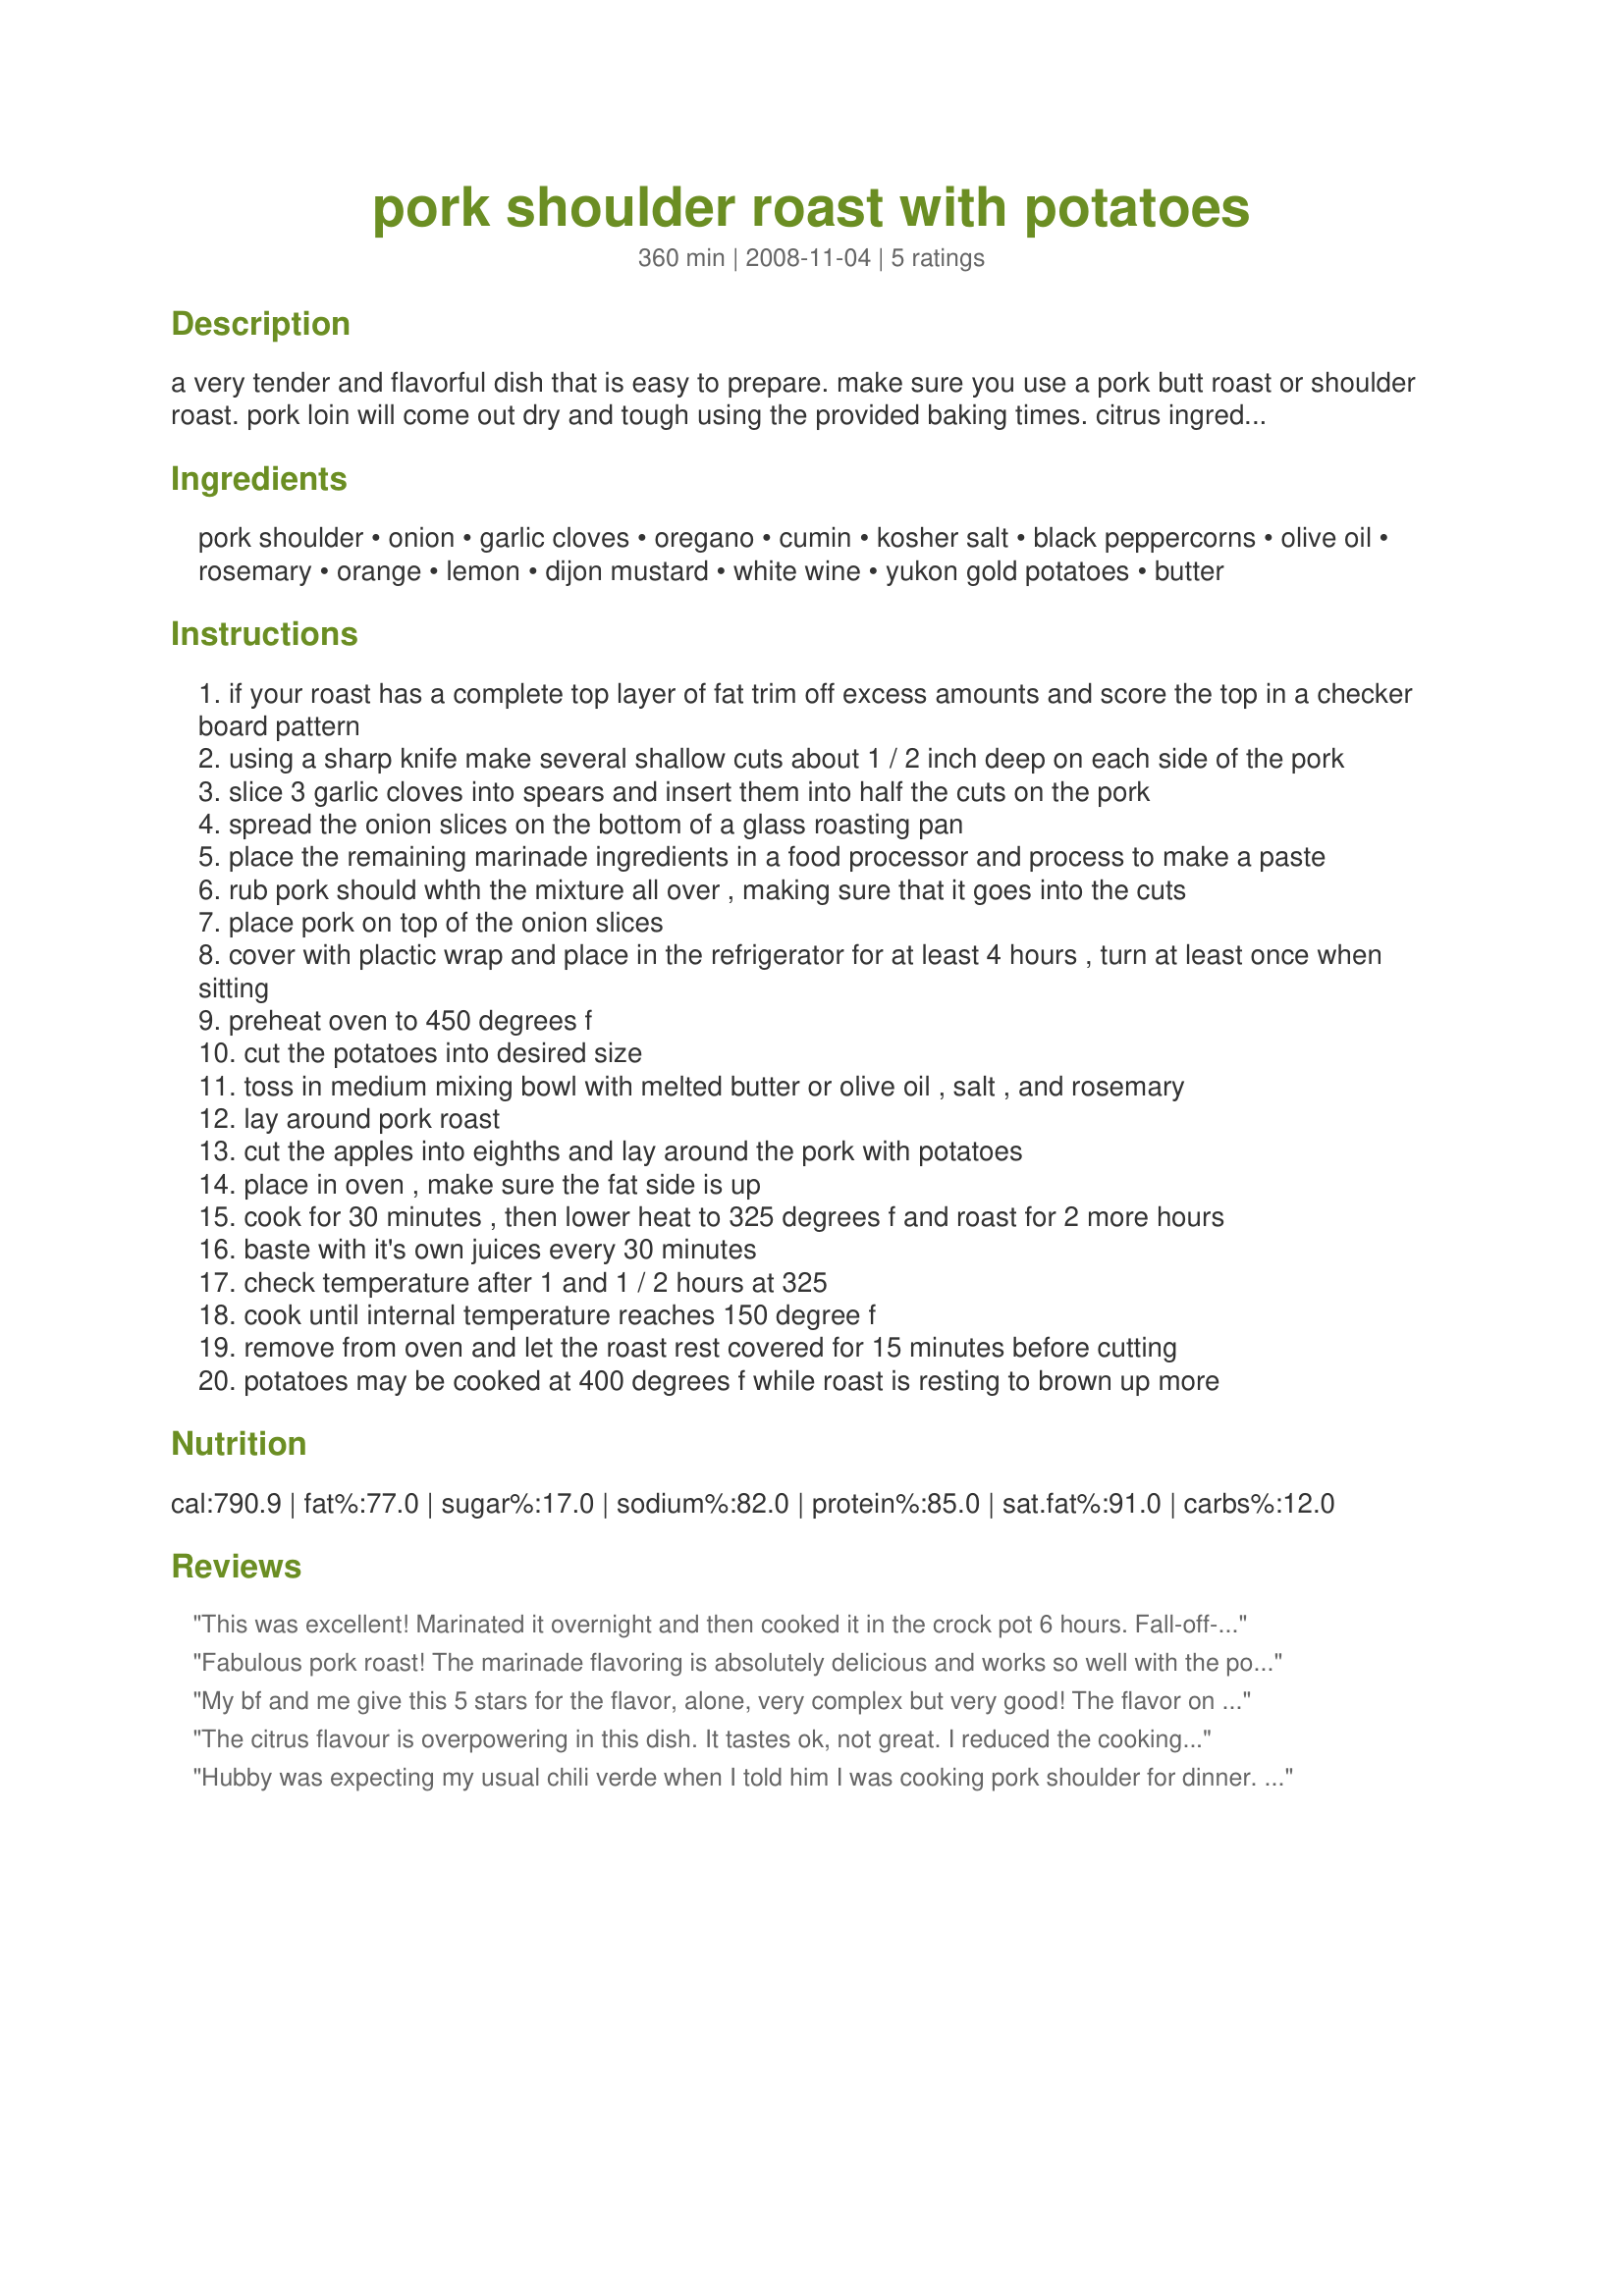
pork shoulder roast with potatoes
Preparation time: 360 minutes

a very tender and flavorful dish that is easy to prepare. make sure you use a pork butt roast or shoulder roast. pork loin will come out dry and tough using the provided baking times. citrus ingredients can be lowered for less citrus flavors.

Ingredients:
pork shoulder, onion, garlic cloves, oregano, cumin, kosher salt, black peppercorns, olive oil, rosemary, orange, lemon, dijon mustard, white wine, yukon gold potatoes, butter

Steps:
if your roast has a complete top layer of fat trim off excess amounts and score the top in a checker board pattern
using a sharp knife make several shallow cuts about 1 / 2 inch deep on each side of the pork
slice 3 garlic cloves into spears and insert them into half the cuts on the pork
spread the onion slices on the bottom of a glass roasting pan
place the remaining marinade ingredients in a food processor and process to make a paste
rub pork should whth the mixture all over , making sure that it goes into the cuts
place pork on top of the onion slices
cover with plactic wrap and place in the refrigerator for at least 4 hours , turn at least once when sitting
preheat oven to 450 degrees f
cut the potatoes into desired size
toss in medium mixing bowl with melted butter or olive oil , salt , and rosemary
lay around pork roast
cut the apples into eighths and lay around the pork with potatoes
place in oven , make sure the fat side is up
cook for 30 minutes , then lower heat to 325 degrees f and roast for 2 more hours
baste with it's own juices every 30 minutes
check temperature after 1 and 1 / 2 hours at 325
cook until internal temperature reaches 150 degree f
remove from oven and let the roast rest covered for 15 minutes before cutting
potatoes may be cooked at 400 degrees f while roast is resting to brown up more

Reviews:
This was excellent! Marinated it overnight and then cooked it in the crock pot 6 hours. Fall-off-the-bone tender. We're going to have some great pulled pork sandwiches with the leftovers. Thanks for this!
Fabulous pork roast! The marinade flavoring is absolutely delicious and works so well with the pork. I used a 3 lb. pork loin. I cooked it at 450 degrees for 30 min. and then an hour and a half at 325 degrees. Next time, I will only cook it for an hour at the 325 degree mark because ours was a little too well done (although the flavor was still superb!). I opted to omit the apples and add another potato, due to family preferences. After the pork was done, I took it out to let it rest and upped the oven temp. to 450 again to brown up the potatoes for an extra 10 minutes (another family preference). That said, this is a fantastic recipe that I will make my number one choice for pork roasts! 
~Made for Spring 2009 Pick-A-Chef~
My bf and me give this 5 stars for the flavor, alone, very complex but very good! The flavor on the meat was excellent, but very different with the potatoes and apples. Some of the herbs go great with potatoes and some of the other flavors go great with apples, but together, it is different. Our pork shoulder was unfortunately very fatty. I used a nearly 5lb roast that was bone-in. I doubled the garlic, cumin, salt, rosemary, and used a peppercorn medley (doubled), used 2 small granny smith apples, 3 med russet potatoes, chicken broth for white wine (doubled); basically doubled everything but the potatoes, apples, and zests and juices; 30min at 450 and about 1 1/2 at 350 before the desired temp was reached. Thanks for sharing! :)
The citrus flavour is overpowering in this dish. It tastes ok, not great. I reduced the cooking time as suggested by the other reviewers and it still was overdone and dry. <br/><br/>I'll stick with Paula Wolfert's method for pork roasts, to be slow and low from the beginning.
Hubby was expecting my usual chili verde when I told him I was cooking pork shoulder for dinner. Surprise! This is a really, really tasty dish, and I didn't even marinate the pork because I didn't have time. Just spread the seasonings over the meat and popped it in the oven. I agree with the other reviewer about cooking the meat for a shorter time because ours was a little more done than we prefer. But the potatoes and apples had fantastic flavor and texture (the apples nearly melt during cooking). Very easy to prepare. I'll be making this again!
